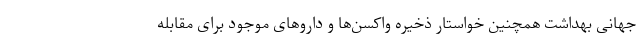
جهانی بهداشت همچنین خواستار ذخیره واکسن‌ها و داروهای موجود برای مقابله